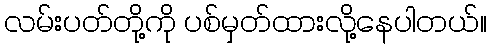
လမ်းပတ်တို့ကို ပစ်မှတ်ထားလို့နေပါတယ်။